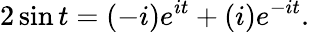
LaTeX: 2\sin t=(-i)e^{it}+(i)e^{-it}.